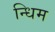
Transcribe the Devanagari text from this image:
न्धिम